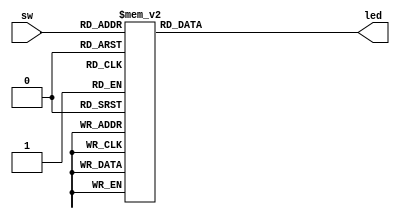
module decode38 (sw,led);
 
	input [2:0] sw;							//33-8
	output [7:0] led;						//LED
 
        reg [7:0] led;                                                  //ledregalwaysreg
 
        //alwaysswswalways
	always @ (sw)
	begin
		case(sw)                                                   //casedefault
			3'b000:	led=8'b0111_1111;                         //_  
			3'b001:	led=8'b1011_1111;                         //'+Verilogbodh
			3'b010:	led=8'b1101_1111;
			3'b011:	led=8'b1110_1111;
			3'b100:	led=8'b1111_0111;
			3'b101:	led=8'b1111_1011;
			3'b110:  led=8'b1111_1101;
			3'b111:	led=8'b1111_1110;
			default: ;
		endcase
	end
 
endmodule